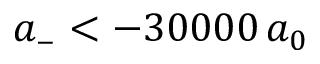
a _ { \scriptscriptstyle - } < - 3 0 0 0 0 \, a _ { 0 }